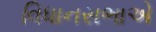
વિધાનસભાએ